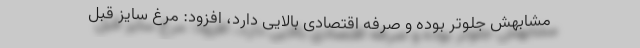
مشابهش جلوتر بوده و صرفه اقتصادی بالایی دارد، افزود: مرغ سایز قبل